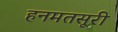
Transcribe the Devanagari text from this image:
हनमतसूरी